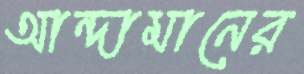
আন্দামানের